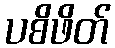
ပစိဖိတ်